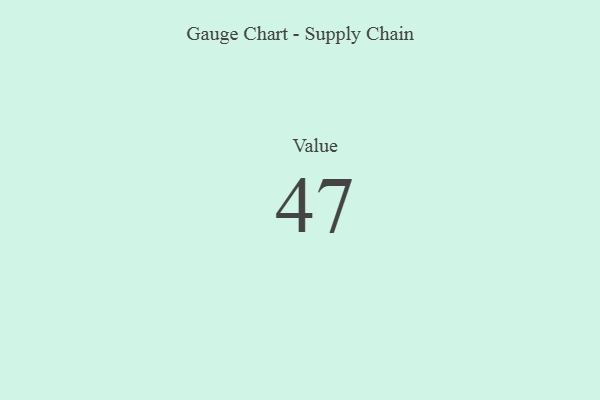
{"axis": {"x": "Metric", "y": "Value"}, "legend": [""], "data": [{"x": "Value", "y": 47, "type": ""}]}